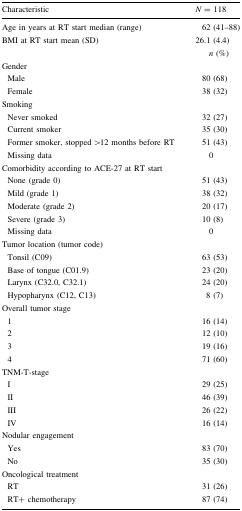
<table><thead><tr><td><b>Characteristic</b></td><td><b><i>N</i> = 118</b></td></tr></thead><tbody><tr><td>Age in years at RT start median (range)</td><td>62 (41–88)</td></tr><tr><td>BMI at RT start mean (SD)</td><td>26.1 (4.4)</td></tr><tr><td></td><td><i>n</i> (%)</td></tr><tr><td>Gender</td><td></td></tr><tr><td> Male</td><td>80 (68)</td></tr><tr><td> Female</td><td>38 (32)</td></tr><tr><td>Smoking</td><td></td></tr><tr><td> Never smoked</td><td>32 (27)</td></tr><tr><td> Current smoker</td><td>35 (30)</td></tr><tr><td> Former smoker, stopped &gt;12 months before RT</td><td>51 (43)</td></tr><tr><td> Missing data</td><td>0</td></tr><tr><td>Comorbidity according to ACE-27 at RT start</td><td></td></tr><tr><td> None (grade 0)</td><td>51 (43)</td></tr><tr><td> Mild (grade 1)</td><td>38 (32)</td></tr><tr><td> Moderate (grade 2)</td><td>20 (17)</td></tr><tr><td> Severe (grade 3)</td><td>10 (8)</td></tr><tr><td> Missing data</td><td>0</td></tr><tr><td>Tumor location (tumor code)</td><td></td></tr><tr><td> Tonsil (C09)</td><td>63 (53)</td></tr><tr><td> Base of tongue (C01.9)</td><td>23 (20)</td></tr><tr><td> Larynx (C32.0, C32.1)</td><td>24 (20)</td></tr><tr><td> Hypopharynx (C12, C13)</td><td>8 (7)</td></tr><tr><td>Overall tumor stage</td><td></td></tr><tr><td> 1</td><td>16 (14)</td></tr><tr><td> 2</td><td>12 (10)</td></tr><tr><td> 3</td><td>19 (16)</td></tr><tr><td> 4</td><td>71 (60)</td></tr><tr><td>TNM-T-stage</td><td></td></tr><tr><td> I</td><td>29 (25)</td></tr><tr><td> II</td><td>46 (39)</td></tr><tr><td> III</td><td>26 (22)</td></tr><tr><td> IV</td><td>16 (14)</td></tr><tr><td>Nodular engagement</td><td></td></tr><tr><td> Yes</td><td>83 (70)</td></tr><tr><td> No</td><td>35 (30)</td></tr><tr><td>Oncological treatment</td><td></td></tr><tr><td> RT</td><td>31 (26)</td></tr><tr><td> RT+ chemotherapy</td><td>87 (74)</td></tr></tbody></table>